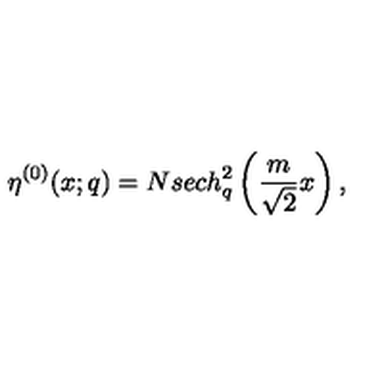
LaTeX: \eta ^ { ( 0 ) } ( x ; q ) = N s e c h _ { q } ^ { 2 } \left( \frac { m } { \sqrt 2 } x \right) ,